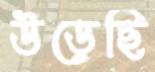
উড়েছি